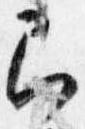
即